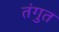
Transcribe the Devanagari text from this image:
तंगुत